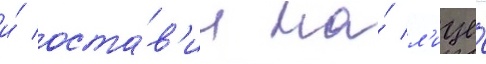
и́ оста́в'ил на́ л'ице́